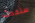
ستحدث